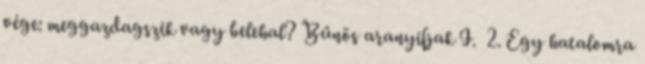
vége: meggazdagszik vagy belehal? Bűnös aranyifjak I. 2. Egy hatalomra